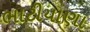
ભાટીયાણા